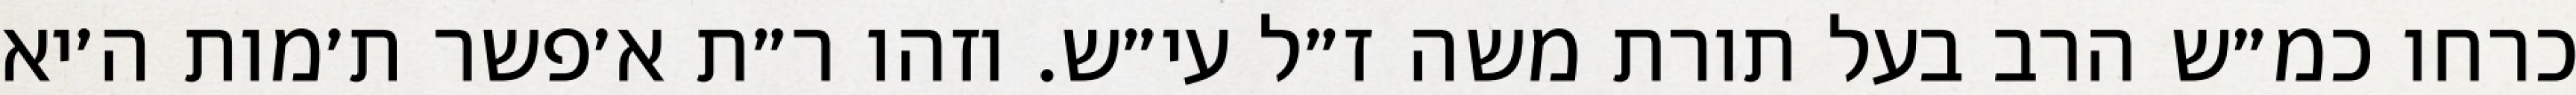
כרחו כמ״ש הרב בעל תורת משה ז״ל עי״ש. וזהו ר״ת א׳פשר ת׳מות ה׳יא